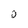
Character: o